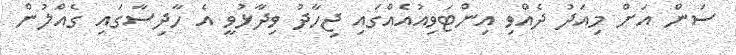
ސަން އަށް މިއަދު ދެއްވި އިންޓަވިއުއެއްގައި ޖިހާދު ވިދާޅުވީ އެ ހާދިސާގައި ގެއްލުން